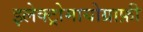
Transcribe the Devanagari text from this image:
इलेक्ट्रोमायोग्राफ़ी